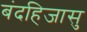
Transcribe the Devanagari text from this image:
बंदहिजासु